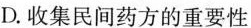
D.收集民间药方的重要性